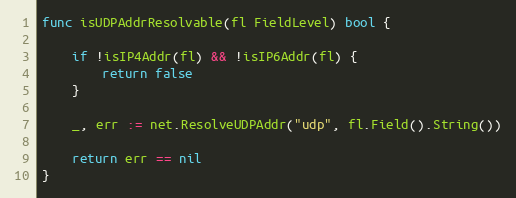
Language: Go
func isUDPAddrResolvable(fl FieldLevel) bool {

	if !isIP4Addr(fl) && !isIP6Addr(fl) {
		return false
	}

	_, err := net.ResolveUDPAddr("udp", fl.Field().String())

	return err == nil
}